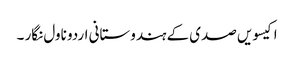
اکیسویں صدی کے ہندوستانی اردو ناول نگار ۔